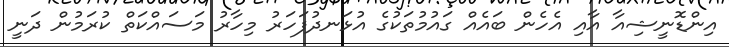
އިންޑޮނީޝިއާ އާއި އެހެން ބައެއް ގައުމުތަކުގެ އުޅަނދުފަހަރު މިހާރު މަސައްކަތް ކުރަމުން ދަނީ